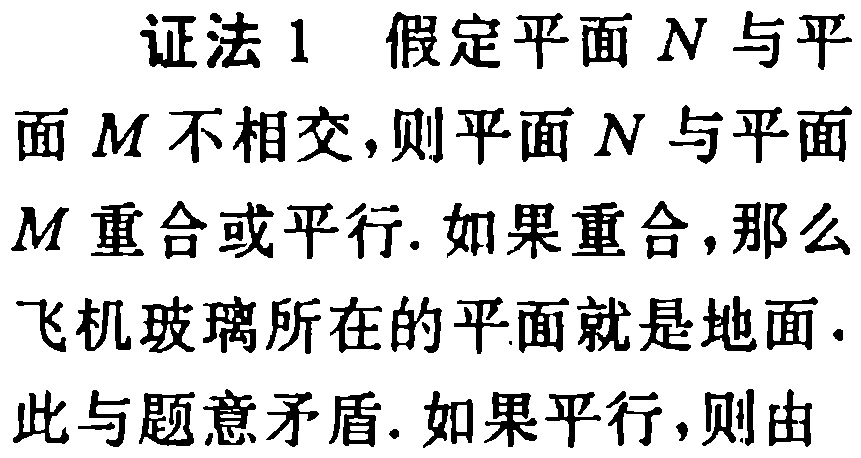
证法 1 假定平面 \(N\) 与平面 \(M\) 不相交,则平面 \(N\) 与平面 \(M\) 重合或平行. 如果重合,那么飞机玻璃所在的平面就是地面. 此与题意矛盾. 如果平行,则由